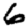
Digit: 6